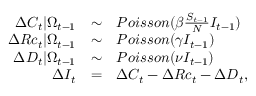
\begin{array} { r c l } { \Delta C _ { t } | \Omega _ { t - 1 } } & { \sim } & { P o i s s o n ( \beta \frac { S _ { t - 1 } } { N } I _ { t - 1 } ) } \\ { \Delta R c _ { t } | \Omega _ { t - 1 } } & { \sim } & { P o i s s o n ( \gamma I _ { t - 1 } ) } \\ { \Delta D _ { t } | \Omega _ { t - 1 } } & { \sim } & { P o i s s o n ( \nu I _ { t - 1 } ) } \\ { \Delta I _ { t } } & { = } & { \Delta C _ { t } - \Delta R c _ { t } - \Delta D _ { t } , } \end{array}